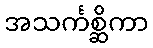
အသင်္ကစ္ဆိကာ